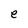
Character: e